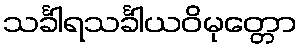
သင်္ခါရသင်္ခါယဝိမုတ္တော